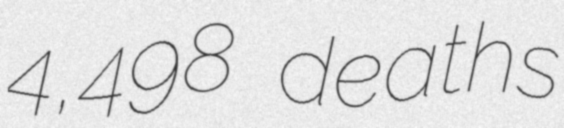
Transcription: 4,498 deaths